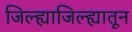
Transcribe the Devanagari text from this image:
जिल्ह्याजिल्ह्यातून